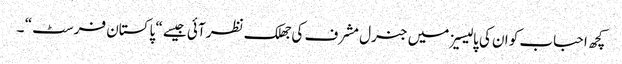
کچھ احباب کو ان کی پالیسیز میں جنرل مشرف کی جھلک نظر آئی جیسے “ پاکستان فرسٹ “ ۔